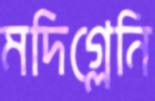
মদিগ্লেনি